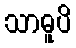
သာဓူပိ